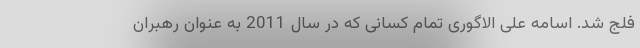
فلج شد. اسامه علی الاگوری تمام کسانی که در سال 2011 به عنوان رهبران